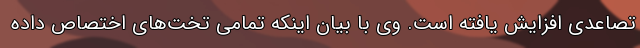
تصاعدی افزایش یافته است. وی با بیان اینکه تمامی تخت‌های اختصاص داده